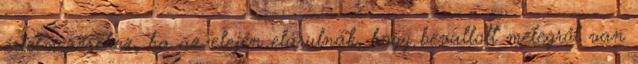
értelmezéséhez, ha az elején elárulnák, hogy bevallott melegről van